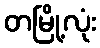
တမြို့လုံး